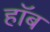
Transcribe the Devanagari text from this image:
हॉब